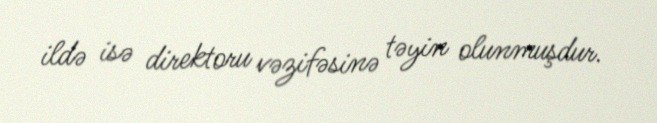
ildə isə direktoru vəzifəsinə təyin olunmuşdur.